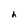
Character: h